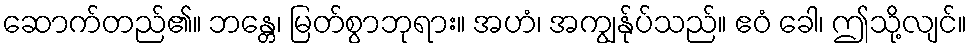
ဆောက်တည်၏။ ဘန္တေ၊ မြတ်စွာဘုရား။ အဟံ၊ အကျွန်ုပ်သည်။ ဧဝံ ခေါ၊ ဤသို့လျင်။